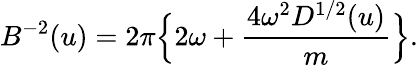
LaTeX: B^{-2}(u)=2\pi\Bigl\{ 2\omega+{\frac{4\omega^{2}D^{1/2}(u)}{m}}\Bigr\} .